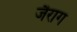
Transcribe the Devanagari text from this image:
जैराग